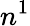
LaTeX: n^{1}